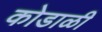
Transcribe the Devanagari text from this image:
कोडाळी